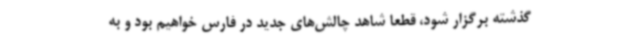
گذشته برگزار شود، قطعا شاهد چالش‌های جدید در فارس خواهیم بود و به